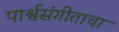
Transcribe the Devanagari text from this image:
पार्श्वसंगीताचा